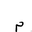
Letter: _mim